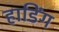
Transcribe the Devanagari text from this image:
हाडिंग